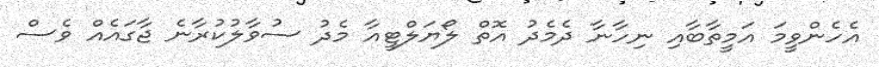
އެހެންވީމަ އަމީތާބާއި ނިހާނާ ދެމެދު އޮތް ލޯޔަލްޓީއާ މެދު ސުވާލުކުރާނެ ޖާގައެއް ވެސް